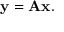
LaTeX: \mathbf { y } = \mathbf { A x } .